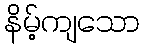
နိမ့်ကျသော